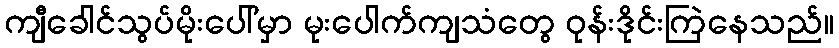
ကျီခေါင်သွပ်မိုးပေါ်မှာ မုးပေါက်ကျသံတွေ ဝုန်းဒိုင်းကြဲနေသည်။